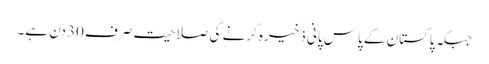
جبکہ پاکستان کے پاس پانی ذخیرہ کرنے کی صلاحیت صرف 30دن ہے۔